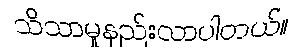
သိသာမှုနည်းလာပါတယ်။